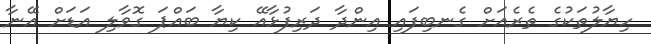
ހިޔާލުތަކުގެ ތެރެއަށް ގެނބިފައި އިންދާ ދަރިފުޅާއޭ ކިޔާ ބައްޕަ ގޮވާލި އަޑަށް އޭނާ